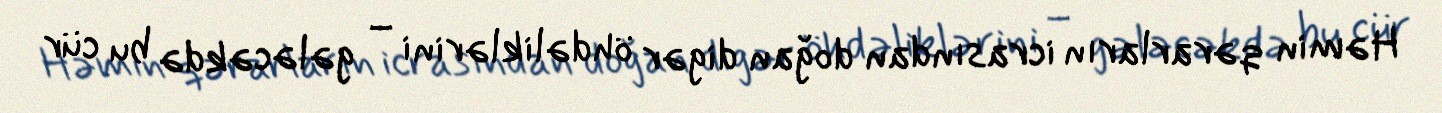
Həmin qərarların icrasından doğan digər öhdəliklərini – gələcəkdə bu cür